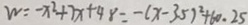
w = - x ^ { 2 } + 7 x + 4 8 = - ( x - 3 . 5 ) ^ { 2 } + 6 0 . 2 5